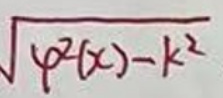
\sqrt{\varphi^{2}(x)-k^{2}}